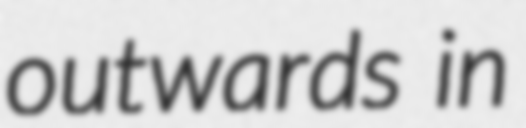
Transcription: outwards in